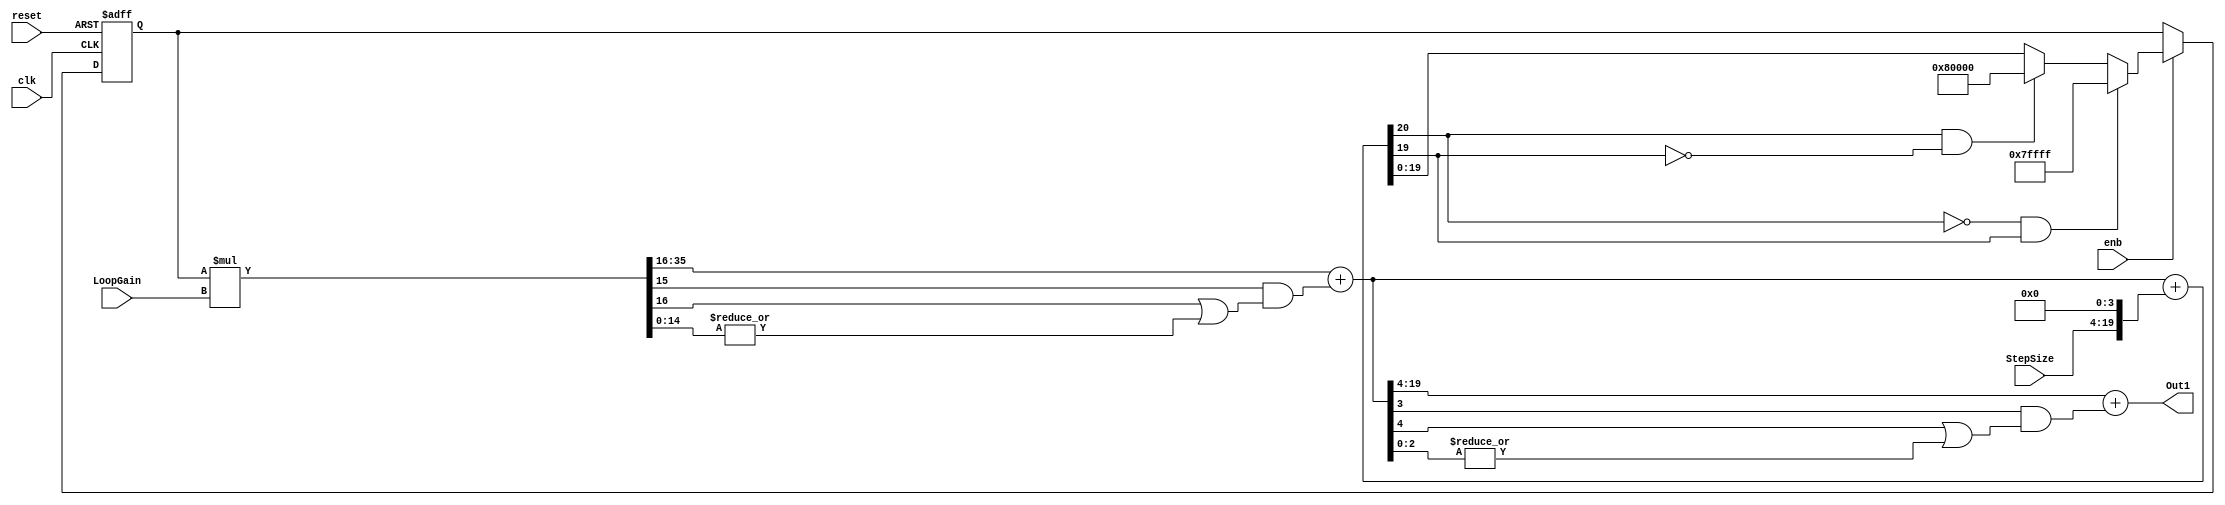
// -------------------------------------------------------------
// 
// 
// Generated by MATLAB 9.10 and HDL Coder 3.18
// 
// -------------------------------------------------------------


// -------------------------------------------------------------
// 
// Module: Integrator_gain_0_99_block
// Source Path: adpcm_precision_study/adpcm/adpcm encoder2/ADPCM Decoder/Integrator -- gain = 0.99
// Hierarchy Level: 3
// 
// -------------------------------------------------------------

`timescale 1 ns / 1 ns

module Integrator_gain_0_99_block
          (clk,
           reset,
           enb,
           StepSize,
           LoopGain,
           Out1);


  input   clk;
  input   reset;
  input   enb;
  input   signed [15:0] StepSize;  // sfix16_En12
  input   signed [19:0] LoopGain;  // sfix20_En16
  output  signed [15:0] Out1;  // sfix16_En12


  wire signed [19:0] Data_Type_Conversion_out1;  // sfix20_En16
  wire signed [19:0] Product_out1;  // sfix20_En16
  wire signed [20:0] Sum2_add_cast;  // sfix21_En16
  wire signed [20:0] Sum2_add_cast_1;  // sfix21_En16
  wire signed [20:0] Sum2_add_temp;  // sfix21_En16
  wire signed [19:0] Sum2_out1;  // sfix20_En16
  reg signed [19:0] Delay_out1;  // sfix20_En16
  wire signed [39:0] Product_mul_temp;  // sfix40_En32
  wire signed [15:0] Data_Type_Conversion1_out1;  // sfix16_En12


  assign Data_Type_Conversion_out1 = {StepSize, 4'b0000};



  assign Sum2_add_cast = {Product_out1[19], Product_out1};
  assign Sum2_add_cast_1 = {Data_Type_Conversion_out1[19], Data_Type_Conversion_out1};
  assign Sum2_add_temp = Sum2_add_cast + Sum2_add_cast_1;
  assign Sum2_out1 = ((Sum2_add_temp[20] == 1'b0) && (Sum2_add_temp[19] != 1'b0) ? 20'sb01111111111111111111 :
              ((Sum2_add_temp[20] == 1'b1) && (Sum2_add_temp[19] != 1'b1) ? 20'sb10000000000000000000 :
              $signed(Sum2_add_temp[19:0])));



  always @(posedge clk or posedge reset)
    begin : Delay_process
      if (reset == 1'b1) begin
        Delay_out1 <= 20'sb00000000000000000000;
      end
      else begin
        if (enb) begin
          Delay_out1 <= Sum2_out1;
        end
      end
    end



  assign Product_mul_temp = Delay_out1 * LoopGain;
  assign Product_out1 = Product_mul_temp[35:16] + $signed({1'b0, Product_mul_temp[15] & (Product_mul_temp[16] | (|Product_mul_temp[14:0]))});



  assign Data_Type_Conversion1_out1 = Product_out1[19:4] + $signed({1'b0, Product_out1[3] & (Product_out1[4] | (|Product_out1[2:0]))});



  assign Out1 = Data_Type_Conversion1_out1;

endmodule  // Integrator_gain_0_99_block